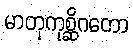
မာတုကုစ္ဆိဂတော